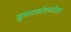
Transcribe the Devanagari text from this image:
सुपराकोराकोडस